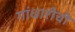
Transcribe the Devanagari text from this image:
गांधारीची